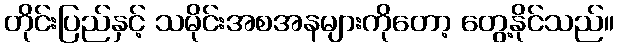
တိုင်းပြည်နှင့် သမိုင်းအစအနများကိုတော့ တွေ့နိုင်သည်။